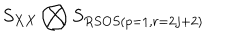
S _ { X X } \bigotimes S _ { R S O S ( p = 1 , r = 2 j + 2 ) }